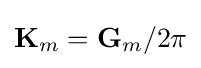
\mathbf {K} _{m}=\mathbf {G} _{m}/2\pi